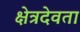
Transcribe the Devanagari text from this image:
क्षेत्रदेवता